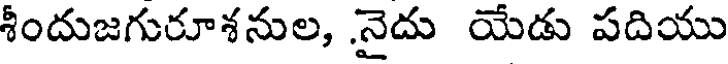
శీందుజగురూశనుల, నైదు యేడు పదియు